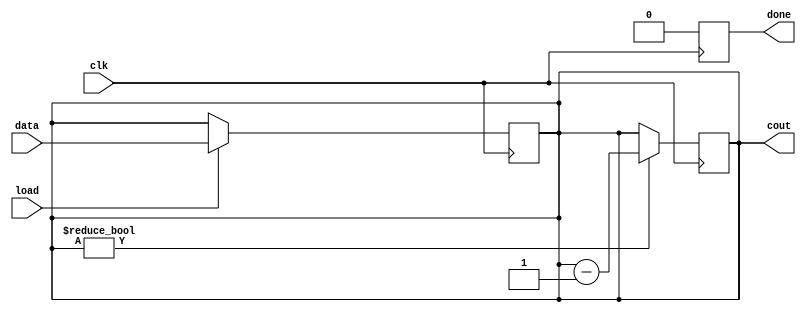
`timescale 100ns / 10ns
//////////////////////////////////////////////////////////////////////////////////
// Company: 
// Engineer: 
// 
// Design Name: 
// Module Name: Down_Counter
// Project Name: 
// Target Devices: 
// Tool Versions: 
// Description: 
// 
// Dependencies: 
// 
// Revision:
// Revision 0.01 - File Created
// Additional Comments:
// 
//////////////////////////////////////////////////////////////////////////////////

module Down_Counter(clk, load, data, cout, done);
parameter N = 4;
input clk, load;
input [N-1:0] data;
output reg [N-1:0] cout;
output reg done;
always@(posedge clk)
    if(load == 1'b1) begin 
    cout <= data;
    end
always@(posedge clk)
    if (cout != 4'b0000)begin    
    cout = cout - 4'b0001; end
always@(posedge clk)
    if(cout == 4'b0001)begin
        #1 done = 1'b1;
        #1 done = 1'b0;end
    else done = 1'b0;
endmodule